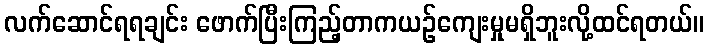
လက်ဆောင်ရရချင်း ဖောက်ပြီးကြည့်တာကယဉ်ကျေးမှုမရှိဘူးလို့ထင်ရတယ်။